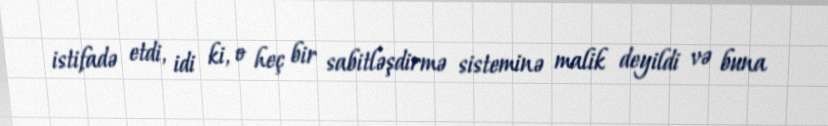
istifadə etdi, idi ki, o heç bir sabitləşdirmə sisteminə malik deyildi və buna